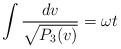
\begin{align*}\int \frac{dv}{\sqrt{P_3(v)}}= \omega t \end{align*}